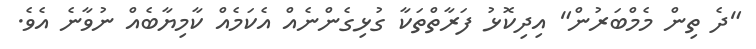
"ދެ ތިން މެމްބަރުން" އިދިކޮޅު ފަރާތްތަކާ ގުޅިގެންނެއް އެކަމެއް ކާމިޔާބެއް ނުވާނެ އެވެ.